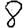
Digit: 8